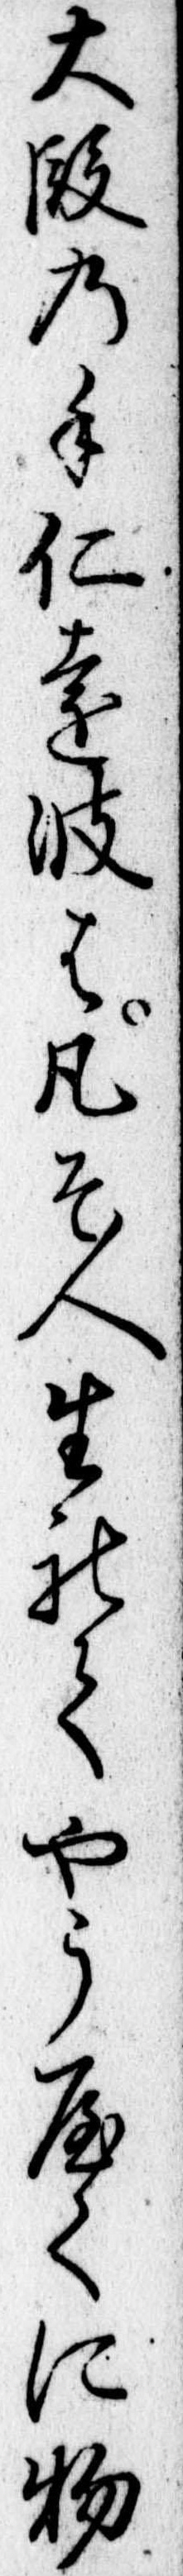
大段の手仁遠波は凡そ人生れてやうやくに物